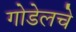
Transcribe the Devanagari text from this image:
गोडेलचे